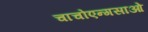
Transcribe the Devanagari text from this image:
चाचोएन्गसाओ